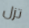
تزل